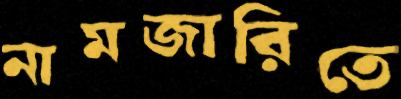
নামজারিতে